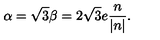
\alpha = \sqrt { 3 } \beta = 2 \sqrt { 3 } e \frac { n } { | n | } .